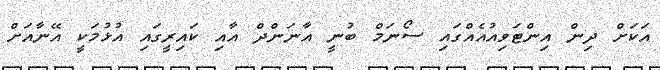
އަކަށް ދިން އިންޓަވިއުއެއްގައި ސޯނަމް ބުނީ އާނަންދް އާއި ކައިރީގައި އުޅުމަކީ އޭނާއަށް